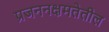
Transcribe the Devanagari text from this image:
प्रजननक्षमतेतील